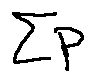
\sum p